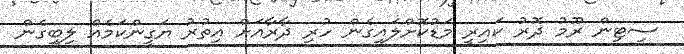
ސިޓިން ރޫމު ދޮރު ކައިރީ މަޑުކޮށްލައިގެން ހުރި ދާރާއަށް އިތުރު ޔަގީންކަމެއް ލިބިގެން